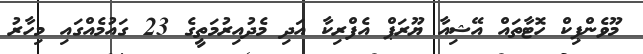
މޫވެންޕިކް ހޮޓާތައް އޭޝިއާ ޔޫރަޕް އެފްރިކާ އަދި މެދުއިރުމަތީގެ 23 ގައުމެއްގައި މިހާރު